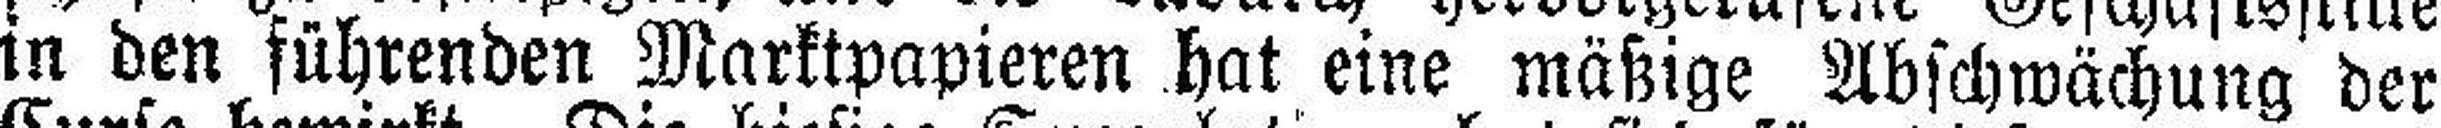
ln den führenden Marktpapieren hat eine mäßige Abschwächung der